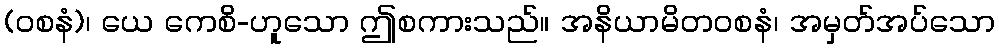
(ဝစနံ)၊ ယေ ကေစိ-ဟူသော ဤစကားသည်။ အနိယာမိတဝစနံ၊ အမှတ်အပ်သော